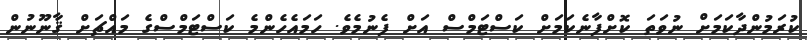
ކުރަމުންދާކަމަށް ނުވަތަ ކޮށްފާނެކަމަށް ކަސްޓަމްސް އަށް ފެނުމެވެ. ހަމައެހެންމެ ކަސްޓަމްސްގެ މައްޗަށް ޤާނޫނުން